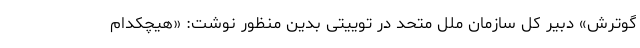
گوترش» دبیر کل سازمان ملل متحد در توییتی بدین منظور نوشت: «هیچکدام